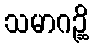
သမာဂဉ္ဆိ